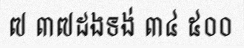
៧ ៣៧ដងទង់ ៣៤ ៥០០